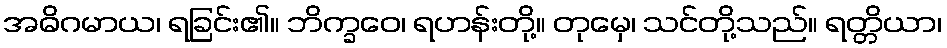
အဓိဂမာယ၊ ရခြင်း၏။ ဘိက္ခဝေ၊ ရဟန်းတို့။ တုမှေ၊ သင်တို့သည်။ ရတ္တိယာ၊